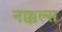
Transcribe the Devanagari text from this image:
नक्कल्स